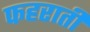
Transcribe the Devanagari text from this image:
फहराती